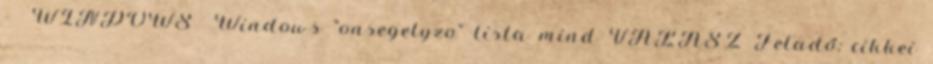
- WINDOWS Windows "onsegelyzo" lista mind VÁLASZ Feladó: cikkei